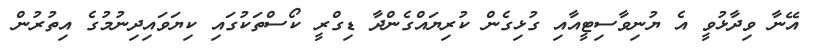
އޭނާ ވިދާޅުވީ އެ ޔުނިވާސިޓީއާއި ގުޅިގެން ކުރިޔައްގެންދާ ޑިގްރީ ކޯސްތަކުގައި ކިޔަވައިދިނުމުގެ އިތުރުން